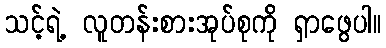
သင့်ရဲ့ လူတန်းစားအုပ်စုကို ရှာဖွေပါ။